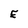
Character: E